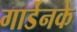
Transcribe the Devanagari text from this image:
गार्डेनके